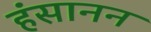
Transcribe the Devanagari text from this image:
हंसानन